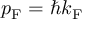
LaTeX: p _ { \mathrm { F } } = \hbar k _ { \mathrm { F } }